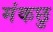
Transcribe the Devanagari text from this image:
मंकछु